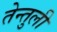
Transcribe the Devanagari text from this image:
तेन्तुली